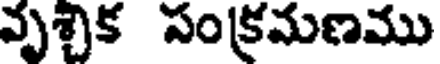
వృశ్చిక సంక్రమణము